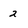
Character: 2